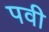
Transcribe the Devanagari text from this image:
पवी